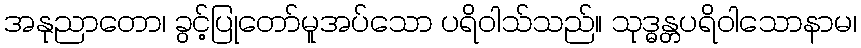
အနုညာတော၊ ခွင့်ပြုတော်မူအပ်သော ပရိဝါသ်သည်။ သုဒ္ဓန္တပရိဝါသောနာမ၊